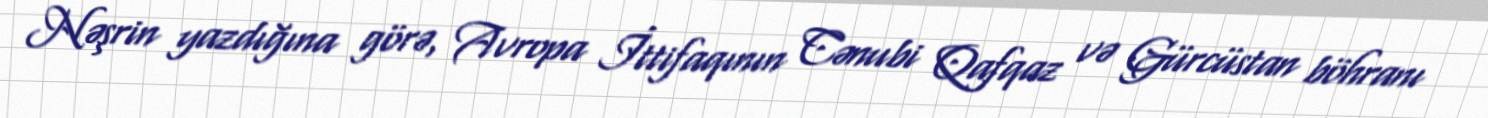
Nəşrin yazdığına görə, Avropa İttifaqının Cənubi Qafqaz və Gürcüstan böhranı